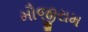
મૌજીરામ